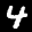
Label: 4